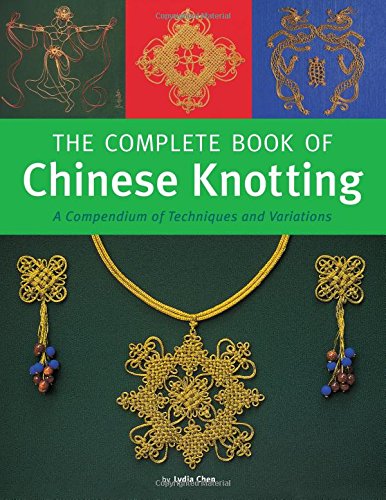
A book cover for The Complete Book of Chinese Knotting: A Compendium of Techniques and Variations; Lydia Chen; Crafts, Hobbies & Home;